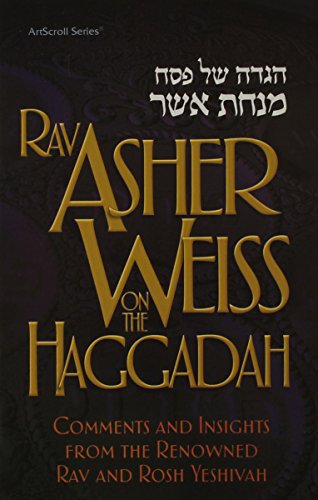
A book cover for Rav Asher Weiss on the Haggadah: Comments and Insights from the Renowned Rav and Rosh Yeshivah (Artscroll Series); Asher Weiss; Religion & Spirituality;